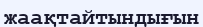
жаақтайтындығын